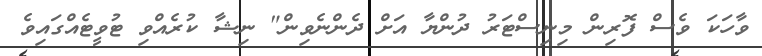
ވާހަކަ ވެސް ފޮރިން މިނިސްޓަރު ދުންޔާ އަށް ދެންނެވިން" ނިޝާ ކުރެއްވި ޓުވީޓެއްގައިވެ